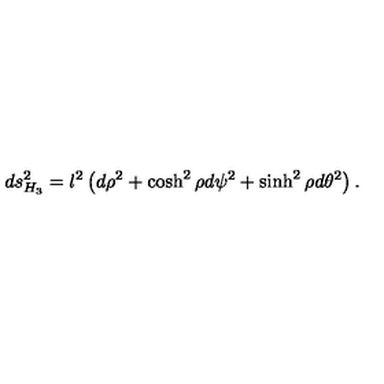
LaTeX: d s _ { H _ { 3 } } ^ { 2 } = l ^ { 2 } \left( d \rho ^ { 2 } + \cosh ^ { 2 } \rho d \psi ^ { 2 } + \sinh ^ { 2 } \rho d \theta ^ { 2 } \right) .